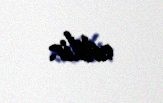
edilir.